NAE_ERA_R-1665_Eesti_Kunstnike_Liit, lk 5
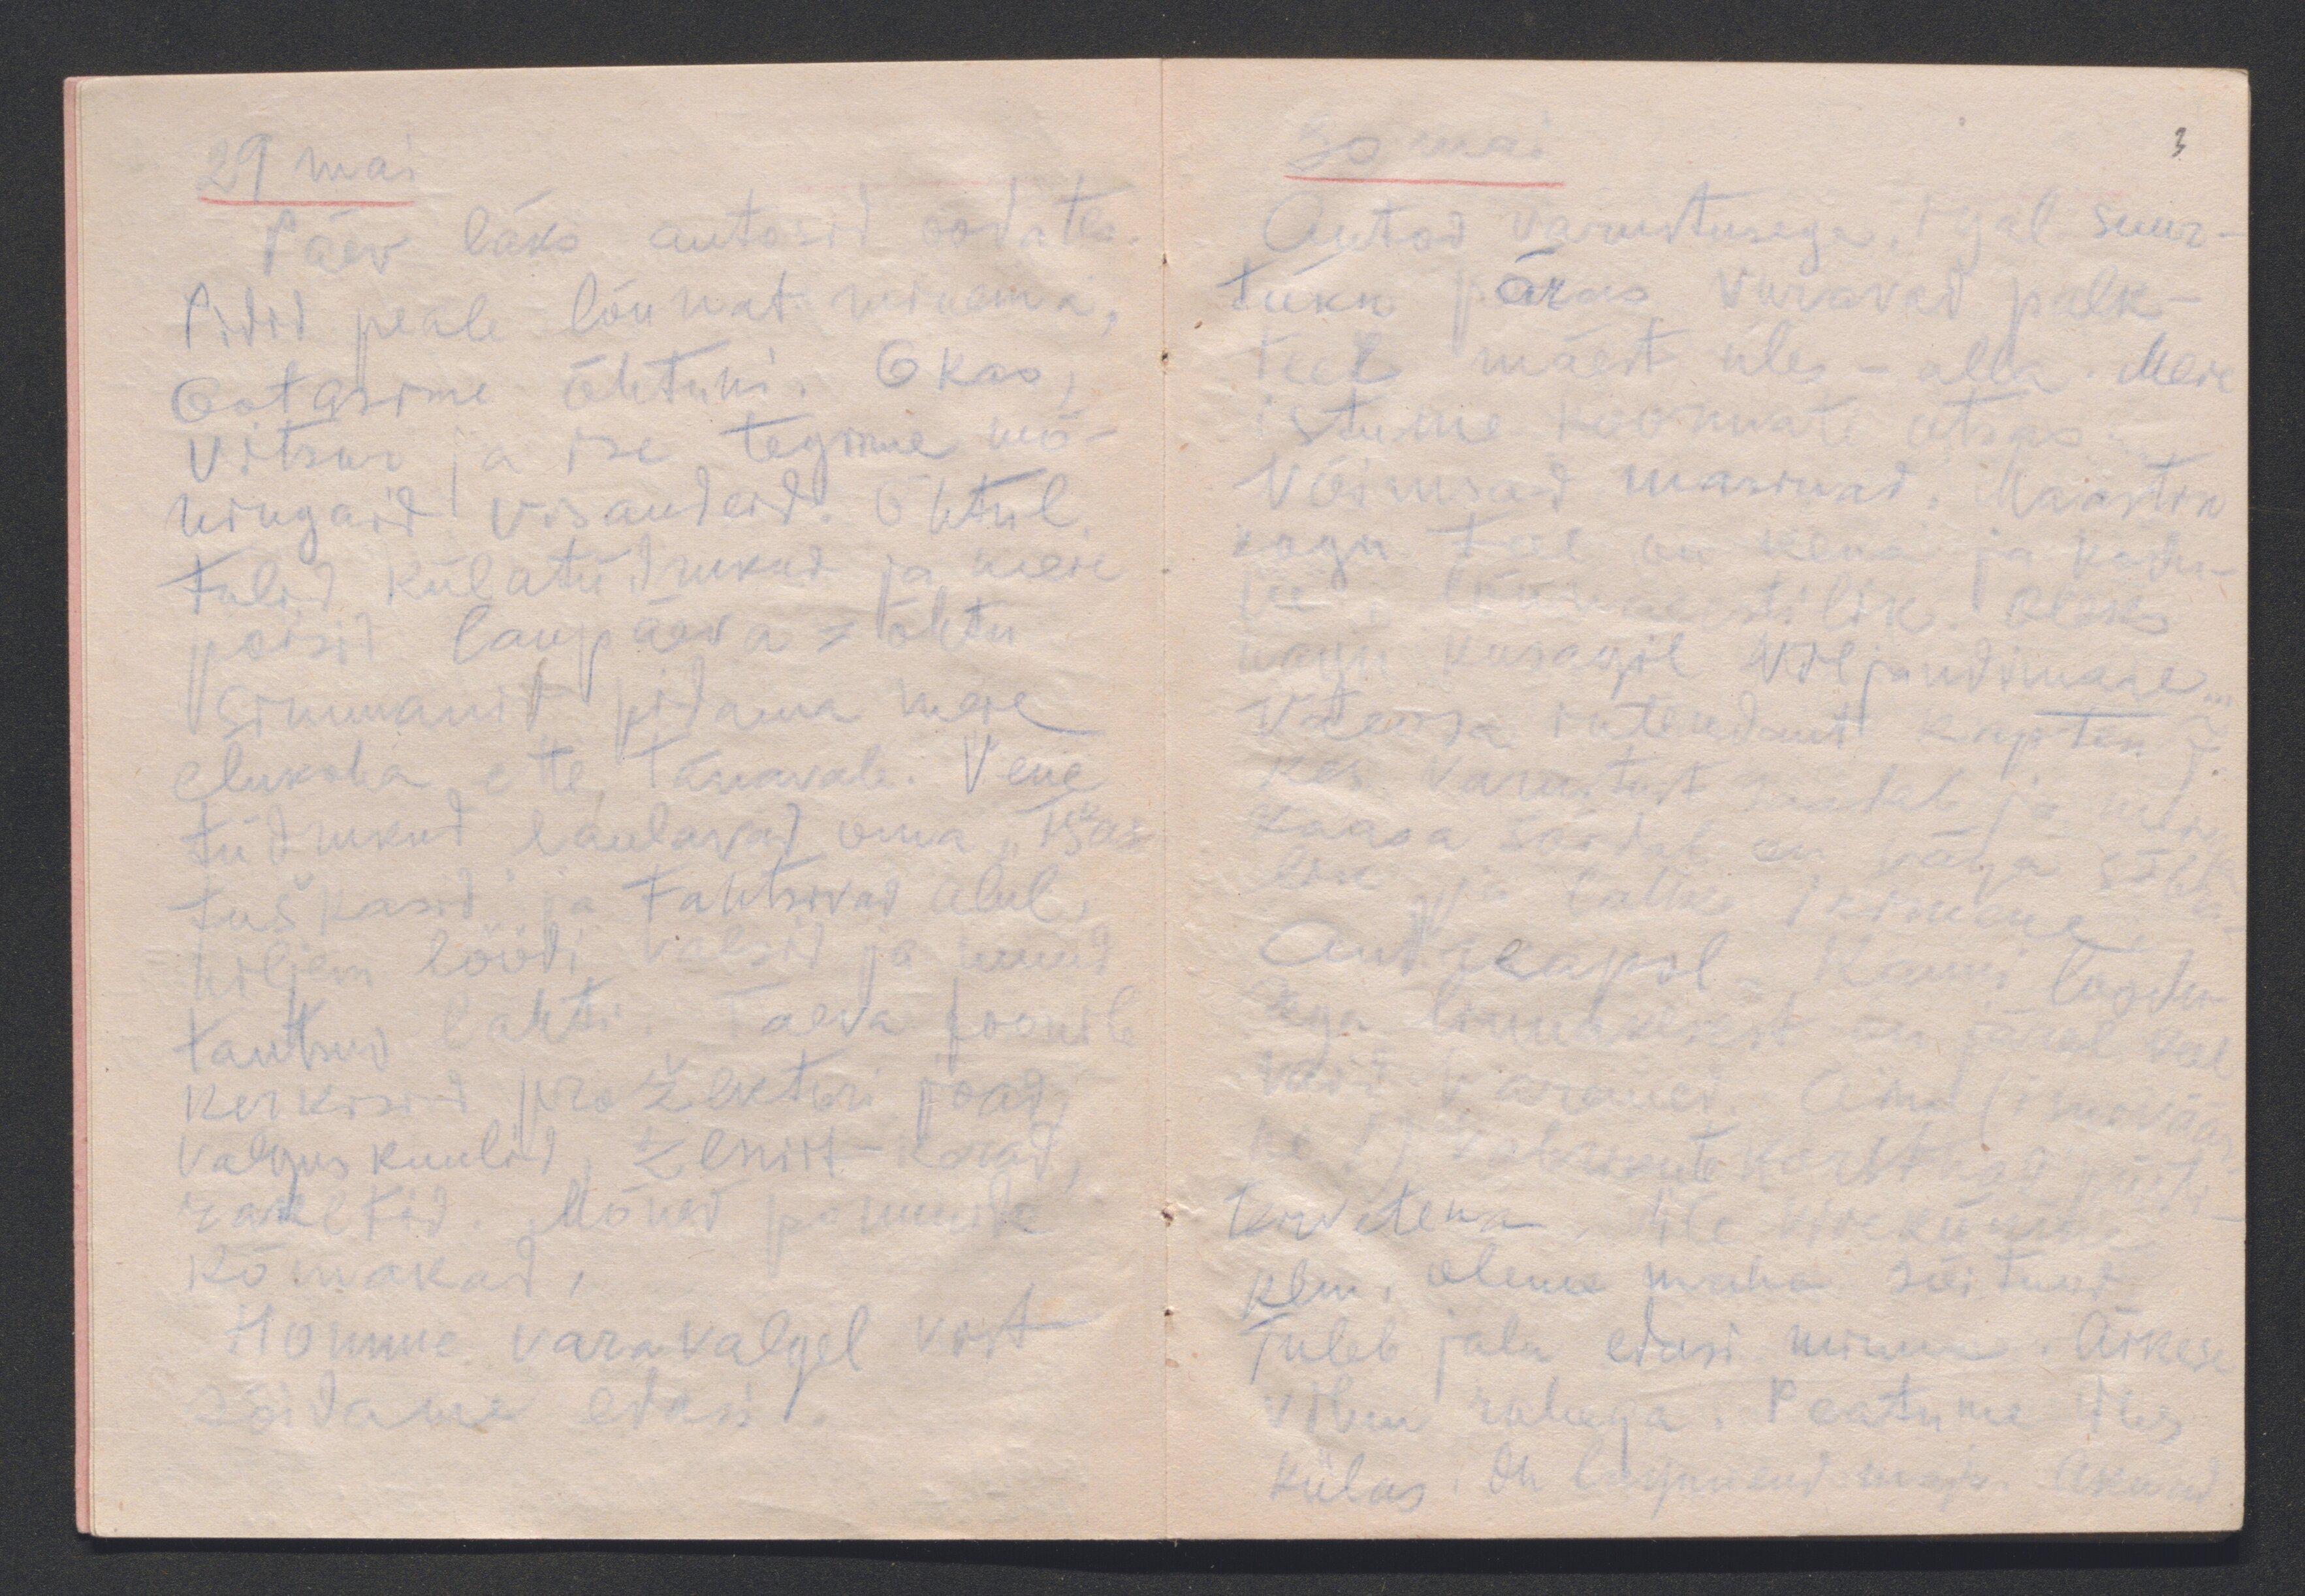
3

29 mai
Päev läks autosid oodates.
Pidid peale lõunat minema.
Ootasime õhtuni. Okas,
Vitsur ja ise tegime mõ-
ningaid visandeid. Õhtul
tulid külatüdrukud ja meie
poisid laupäeva-õhtu
Simmanit pidama meie
elukoha ette, tänavale. Vene
tüdrukud laulavad oma "tšas-
tuškasid" ja tantsivad alul,
hiljem löödi valsid ja muud
tantsud lahti. Taeva foonile
kerkisid prožektori joad,
valgus kuulid, zeniit-kerad
raketid. Mõned pommide
kõmakad,
Homme varavalgel vist
sõidame edasi.

30 mai
Autod varustusega, igal suur-
tükk päras vuravad palk-
teel mäest üles - alla. Meie
istume koormate otsas.
Võimsad masinad. Maastik
kogu teel on kena ja kodu-
ne, lõunaeestilik. Oleks
nagu kusagil Viljandimaal.
Väeosa intendant kapten J.
kes varustust näitab ja keda
kaasa sõidab on väga sõbra-
lik ja lahke inimene.
Andreapol. Kauni loodu-
sega linnakesest on järel veel
vaid varemed. Aind (imeväär-
ne!) vabrikute korstnad  püsti -
tervetena.  Üle viiekümne
klm. oleme maha sõitnud.
Tuleb jala edasi minna. Äikese
vihm rahega. Peatume ühes
külas: On lagunend maja. Aknad